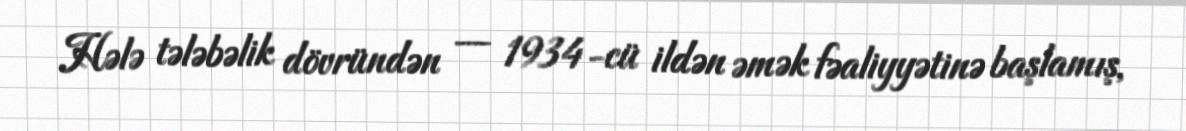
Hələ tələbəlik dövründən — 1934-cü ildən əmək fəaliyyətinə başlamış,